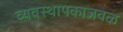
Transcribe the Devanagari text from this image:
व्यवस्थापकाजवळ